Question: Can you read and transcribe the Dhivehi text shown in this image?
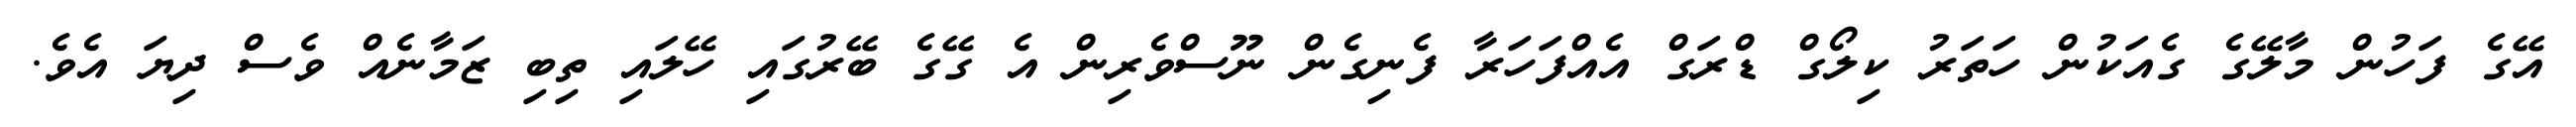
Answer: އޭގެ ފަހުން މާލޭގެ ގެއަކުން ހަތަރު ކިލޯގް ޑްރަގް އެއްފަހަރާ ފެނިގެން ނޫސްވެރިން އެ ގޭގެ ބޭރުގައި ހޭލައި ތިބި ޒަމާނެއް ވެސް ދިޔަ އެވެ.